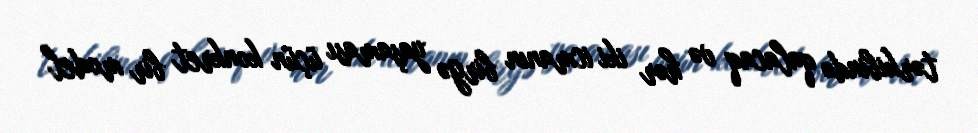
tərkibində qalacaq və hər iki icmanın birgə yaşaması üçün konkret bir model